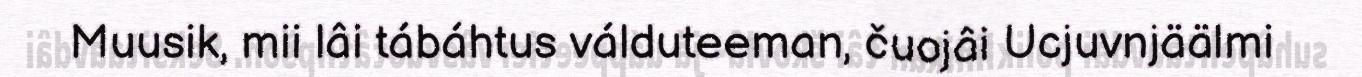
Muusik, mii lâi tábáhtus válduteeman, čuojâi Ucjuvnjäälmi